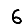
Digit: 6